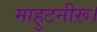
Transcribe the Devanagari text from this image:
माहुटनीरू।